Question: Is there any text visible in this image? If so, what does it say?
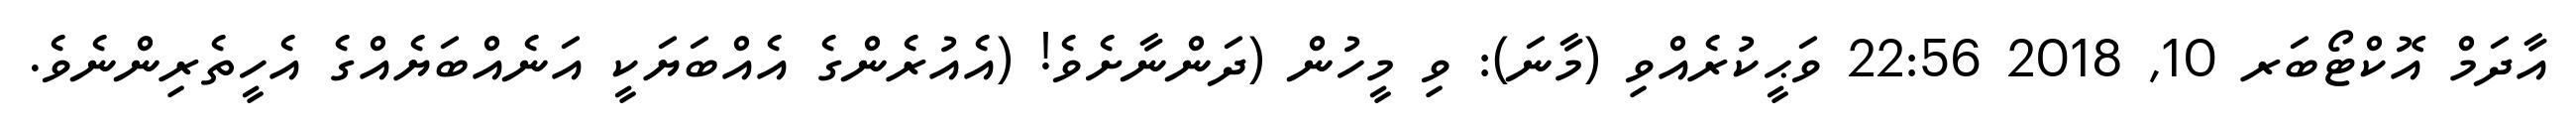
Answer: އާދަމް އޮކްޓޯބަރ 10, 2018 22:56 ވަޙީކުރެއްވި (މާނަ): ވި މީހުން (ދަންނާށެވެ! (އެއުރެންގެ އެއްބަޔަކީ އަނެއްބަޔެއްގެ އެހީތެރިންނެވެ.